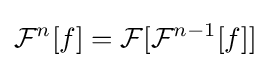
{\mathcal {F}}^{n}[f]={\mathcal {F}}[{\mathcal {F}}^{n-1}[f]]